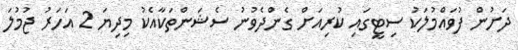
ދަށުން ފުވައްމުލަކު ސިޓީގައި ކުރިއަށް ގެންދެވުނު ސެޝަންތަކާއެކު މިދިޔަ 2 އަހަރު ޖުމުލަ